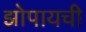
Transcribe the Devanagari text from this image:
झोपायची